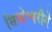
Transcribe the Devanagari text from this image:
सिध्देश्वरीने